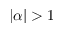
| \alpha | > 1